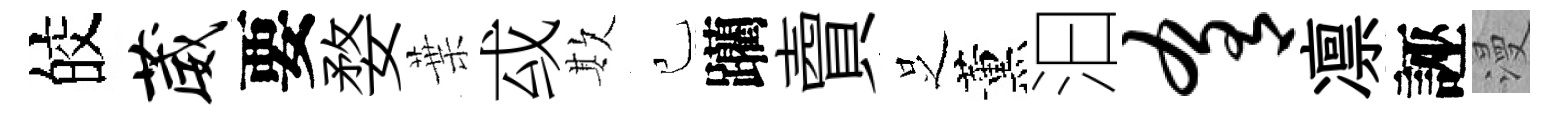
皎葳要婺葉㦯欺己躪𧶠𠯁薰汩肴凛誣漫